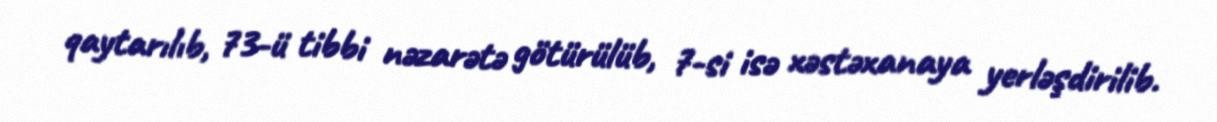
qaytarılıb, 73-ü tibbi nəzarətə götürülüb, 7-si isə xəstəxanaya yerləşdirilib.